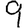
Digit: 9